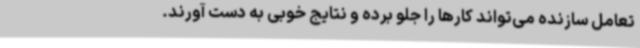
تعامل سازنده می‌تواند کارها را جلو برده و نتایج خوبی به دست آورند.